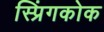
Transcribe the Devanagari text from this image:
स्प्रिंगकोक